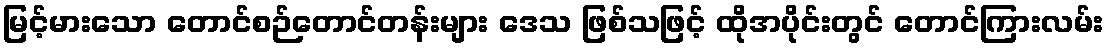
မြင့်မားသော တောင်စဉ်တောင်တန်းများ ဒေသ ဖြစ်သဖြင့် ထိုအပိုင်းတွင် တောင်ကြားလမ်း